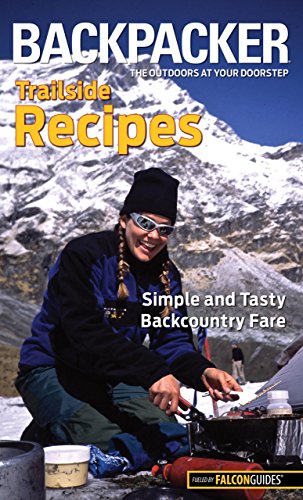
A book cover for Backpacker magazine's Trailside Recipes: Simple And Tasty Backcountry Fare (Backpacker Magazine Series); Molly Absolon; Cookbooks, Food & Wine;